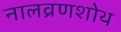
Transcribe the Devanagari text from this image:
नालव्रणशोथ